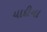
યાદીના